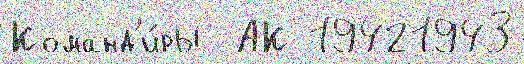
Команд'и́ры  АК 19421943